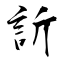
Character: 訢